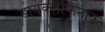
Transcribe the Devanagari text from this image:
डायक्लोफेनाक